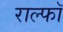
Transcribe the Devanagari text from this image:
राल्फॉ